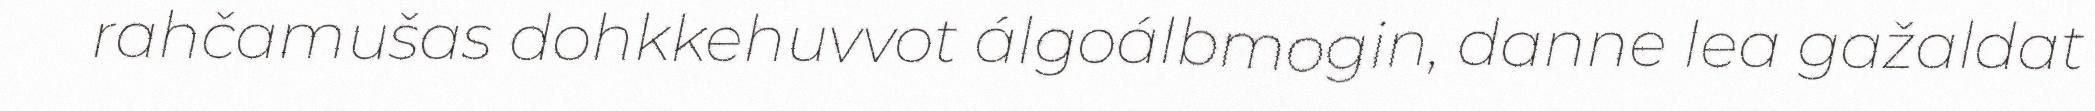
rahčamušas dohkkehuvvot álgoálbmogin, danne lea gažaldat